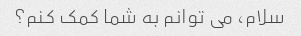
سلام، می توانم به شما کمک کنم؟